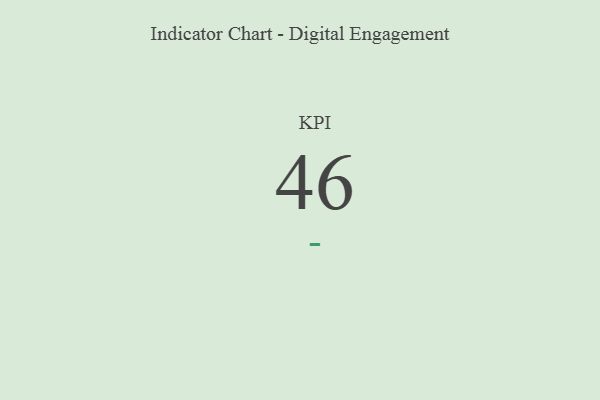
{"axis": {"x": "KPI", "y": "Value"}, "legend": [""], "data": [{"x": "KPI", "y": 46, "type": ""}]}